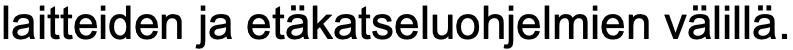
laitteiden ja etäkatseluohjelmien välillä.